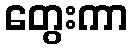
တွေးကာ